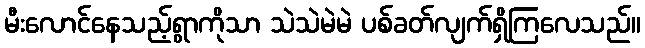
မီးလောင်နေသည့်ရွာကိုသာ သဲသဲမဲမဲ ပစ်ခတ်လျက်ရှိကြလေသည်။